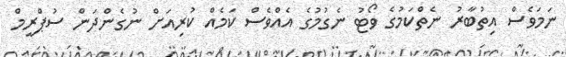
ނަމަވެސް އިތުބާރު ނެތްކަމުގެ ވޯޓު ނެގުމުގެ އެއްވެސް ކަމެއް ކުރިއަށް ނުގެންދަން ސުޕްރީމް